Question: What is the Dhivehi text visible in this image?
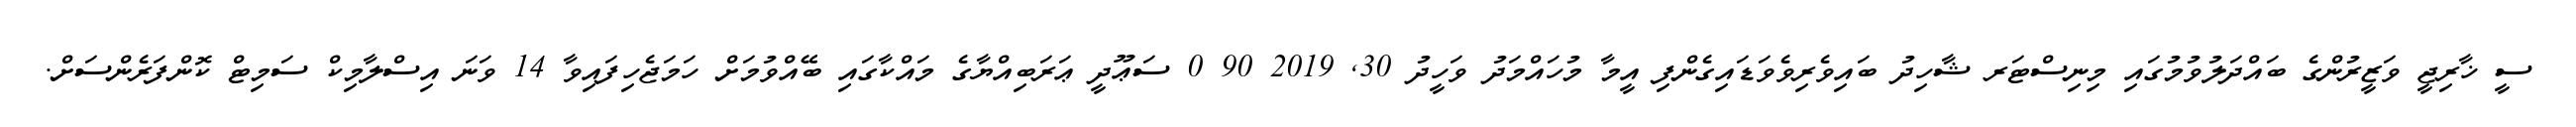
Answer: ސީ ޚާރިޖީ ވަޒީރުންގެ ބައްދަލުވުމުގައި މިނިސްޓަރ ޝާހިދު ބައިވެރިވެވަޑައިގެންފި އީމާ މުހައްމަދު ވަހީދު 30, 2019 90 0 ސަޢޫދީ ޢަރަބިއްޔާގެ މައްކާގައި ބޭއްވުމަށް ހަމަޖެހިފައިވާ 14 ވަނަ އިސްލާމިކް ސަމިޓް ކޮންފަރެންސަށް.